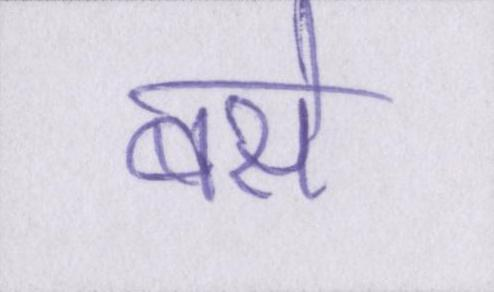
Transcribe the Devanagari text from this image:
बसें